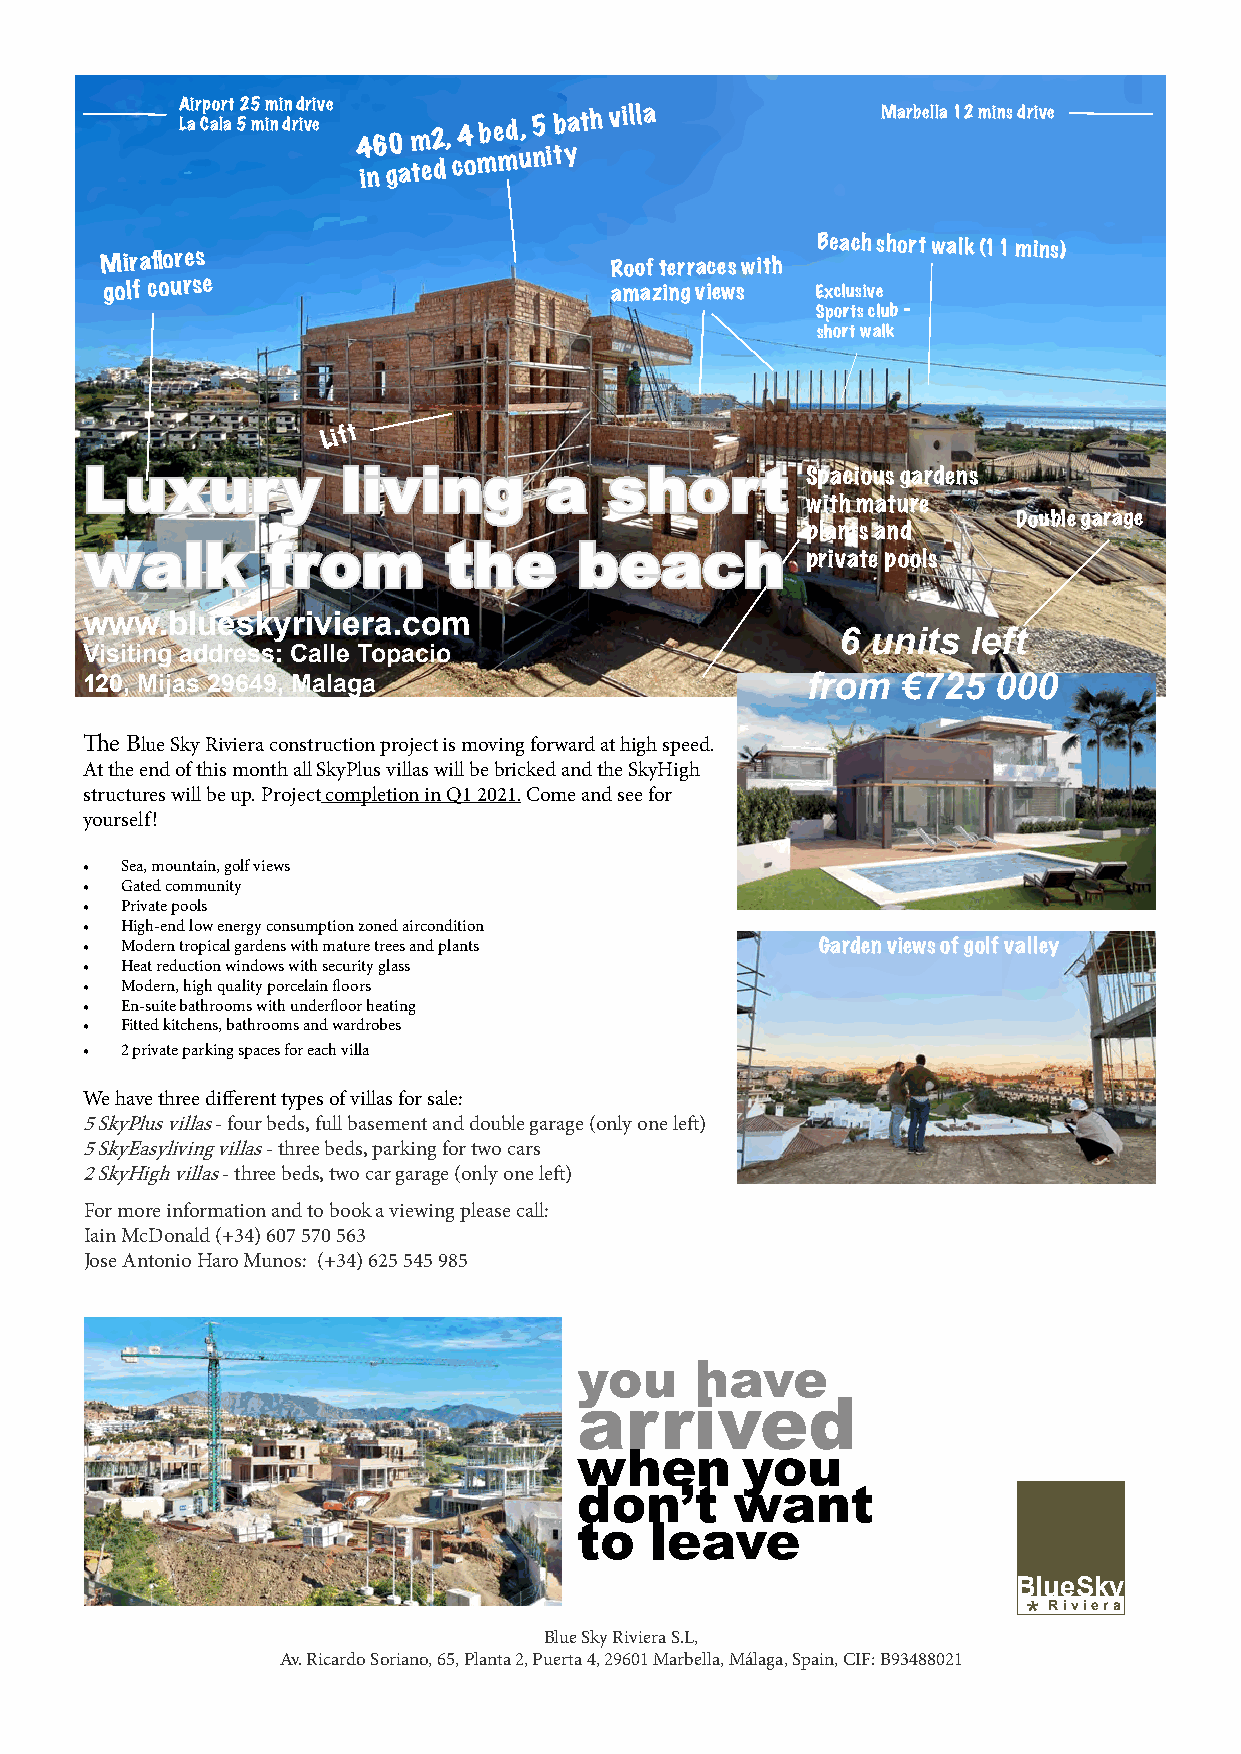
Airport 25 min drive
 La Cala 5 min drive 4 in6 g0
 a
 m te2 d, c4
 o
 mbe md,
 u
 5
 ni
 tb yath villa        Marbella 12 mins drive
 Miraflores
 Roof terraces with
 Beach short walk (11 mins)
 golf
 course
 amazing views Exclusive
 Sports club -
 short walk
 Li f t
 LLuuxxuurryy     lliivviinngg aa  sshhoorrtt   Spacious gardens
 with mature
 Double garage
 plants and
 wwaallkk    ffrroomm   tthhee   bbeeaacchh
 private pools
 www.blueskyriviera.com
 6  units left
 Visiting address: Calle Topacio
 120, Mijas 29649, Malaga                        from   €725  000
 The Blue Sky Riviera construction project is moving forward at high speed.
 At the end of this month all SkyPlus villas will be bricked and the SkyHigh
 structures will be up. Project completion in Q1 2021. Come and see for
 yourself!
 • Sea, mountain, golf views
 • Gated community
 • Private pools
 • High-end low energy consumption zoned aircondition
 • Modern tropical gardens with mature trees and plants Garden views of golf valley
 • Heat reduction windows with security glass
 • Modern, high quality porcelain floors
 • En-suite bathrooms with underfloor heating
 • Fitted kitchens, bathrooms and wardrobes
 • 2 private parking spaces for each villa
 We have three different types of villas for sale:
 5 SkyPlus villas - four beds, full basement and double garage (only one left)
 5 SkyEasyliving villas - three beds, parking for two cars
 2 SkyHigh villas - three beds, two car garage (only one left)
 For more information and to book a viewing please call:
 Iain McDonald (+34) 607 570 563
 Jose Antonio Haro Munos: (+34) 625 545 985
 you     have
 arrived
 when       you
 don’t      want
 to   leave
 BlueSky
 * Riviera
 Blue Sky Riviera S.L,
 Av. Ricardo Soriano, 65, Planta 2, Puerta 4, 29601 Marbella, Málaga, Spain, CIF: B93488021